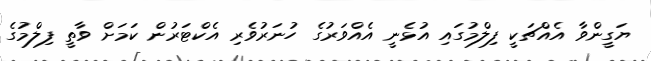
ޔަގީންވާ އެއްޗަކީ ފިލްމުގައި އުޅެނީ އެއްވަރުގެ ހުނަރުވެރި އެކްޓަރުން ކަމަށް ވާތީ ފިލްމުގެ